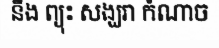
នឹង ព្យុះ សង្ឃរា កំណាច